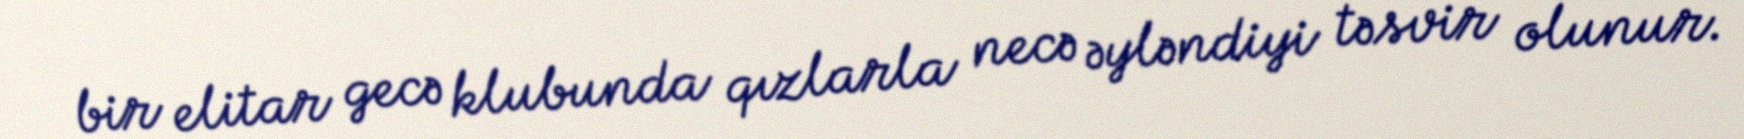
bir elitar gecə klubunda qızlarla necə əyləndiyi təsvir olunur.